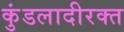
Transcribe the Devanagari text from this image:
कुंडलादीरक्त